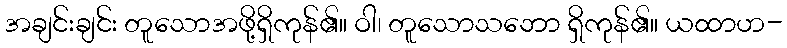
အချင်းချင်း တူသောအဖို့ရှိကုန်၏။ ဝါ၊ တူသောသဘော ရှိကုန်၏။ ယထာဟ-